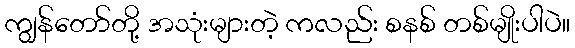
ကျွန်တော်တို့ အသုံးများတဲ့ ကလည်း စနစ် တစ်မျိုးပါပဲ။